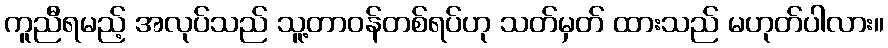
ကူညီရမည့် အလုပ်သည် သူ့တာဝန်တစ်ရပ်ဟု သတ်မှတ် ထားသည် မဟုတ်ပါလား။